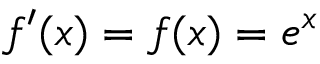
f ^ { \prime } ( x ) = f ( x ) = e ^ { x }